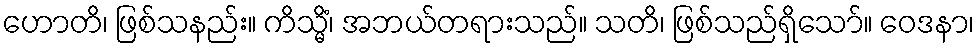
ဟောတိ၊ ဖြစ်သနည်း။ ကိသ္မိံ၊ အဘယ်တရားသည်။ သတိ၊ ဖြစ်သည်ရှိသော်။ ဝေဒနာ၊